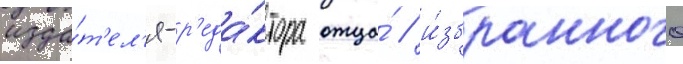
изда́т'ел'я-р'еда́ктора отца́ / и́збранного